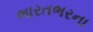
ભારતભરના